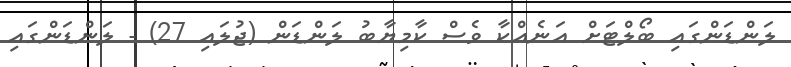
ލަންޑަންގައި ބޯލްޓަށް އަނެއްކާ ވެސް ކާމިޔާބު ލަންޑަން (ޖުލައި 27) - ލަންޑަންގައި